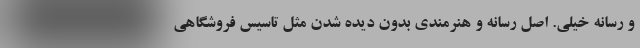
و رسانه خيلی. اصل رسانه و هنرمندی بدون دیده شدن مثل تاسیس فروشگاهی